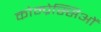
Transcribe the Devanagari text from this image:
कोम्प्रेस्सिओं